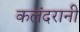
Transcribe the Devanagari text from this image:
कलंदरानी